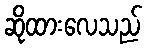
ဆိုထားလေသည်